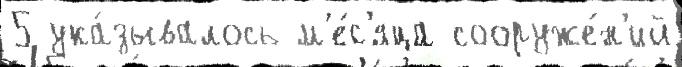
5 ука́зывалось м'е́с'яца сооруже́н'ий